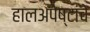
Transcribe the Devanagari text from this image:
हालअपेष्टांचे